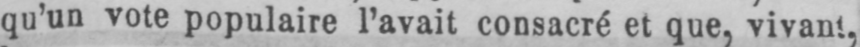
qu’un vote populaire l’avait consacré et que, vivant,